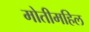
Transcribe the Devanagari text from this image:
मोतीमहिल